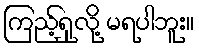
ကြည့်ရှုလို့ မရပါဘူး။